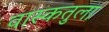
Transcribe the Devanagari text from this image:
वास्कतुला